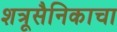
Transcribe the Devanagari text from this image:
शत्रूसैनिकाचा